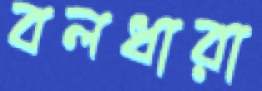
বলধারা